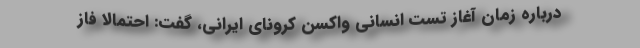
درباره زمان آغاز تست انسانی واکسن کرونای ایرانی، گفت: احتمالا فاز